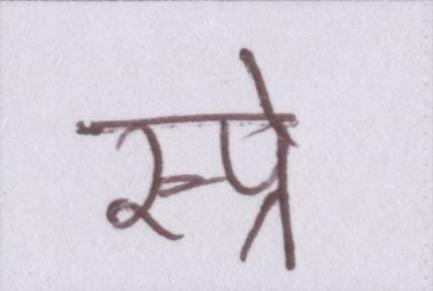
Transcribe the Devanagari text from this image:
स्प्रे